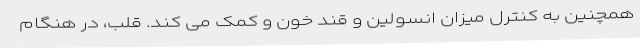
همچنین به کنترل میزان انسولین و قند خون و کمک می کند. قلب، در هنگام